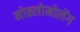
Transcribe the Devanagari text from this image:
मोह्लोमोलेंग